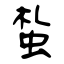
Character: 蚻